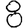
Digit: 8